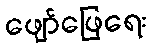
ဖျော်ဖြေရေး